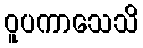
ဝူပကာသေသိ